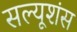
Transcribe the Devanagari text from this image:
सल्यूशंस